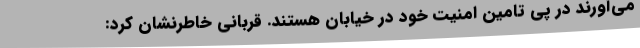
می‌آورند در پی تامین امنیت خود در خیابان هستند. قربانی خاطرنشان کرد: